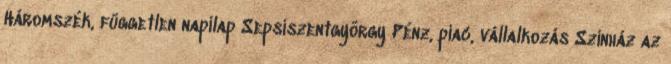
Háromszék, független napilap Sepsiszentgyörgy Pénz, piac, vállalkozás Színház az